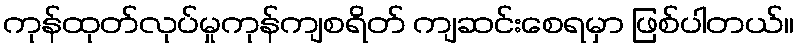
ကုန်ထုတ်လုပ်မှုကုန်ကျစရိတ် ကျဆင်းစေရမှာ ဖြစ်ပါတယ်။